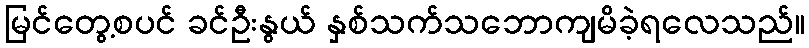
မြင်တွေ့စပင် ခင်ဦးနွယ် နှစ်သက်သဘောကျမိခဲ့ရလေသည်။